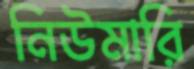
নিউমারি